Notes on vaccination in the North-West Frontier Province 1923-1928 - 1923-1928
Year: 1923
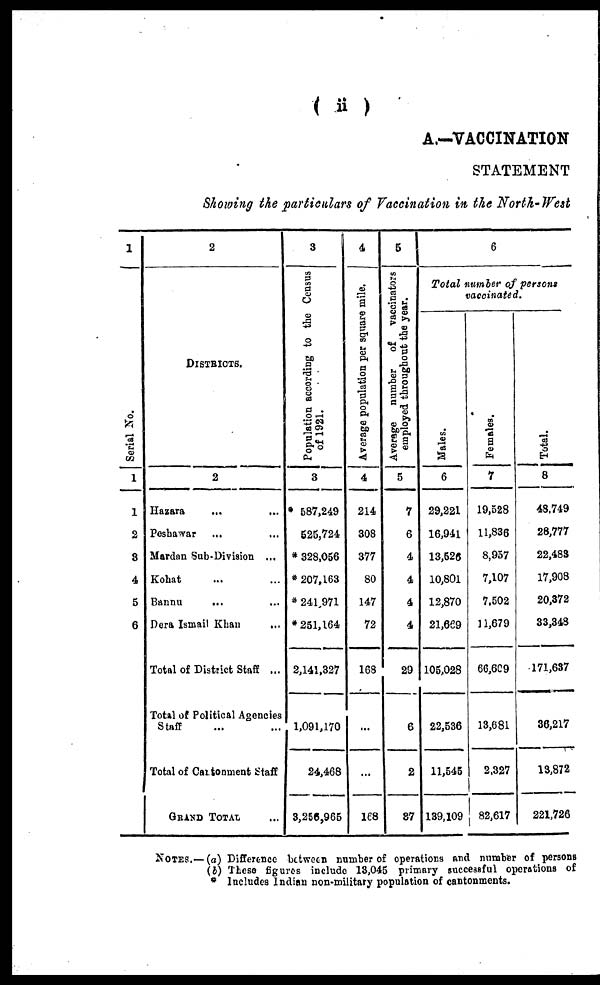
(ii)
A.—VACCINATION
STATEMENT
Showing the particulars of Vaccination in the North- West
1
Serial No.
1
1
2
3
4
5
6
2
DISTRICTS.
2
Hazara ... ...
Peshawar ... ...
Mardan Sub-Division...
Kohat ... ...
Bannu... ...
Dera Ismail Khan ...
Total of District Staff ...
Total of Political Agencies
Staff ... ...
Total of Cantonment Staff
GRAND TOTAL ...
3
Population according to the Census
of 1921.
3
587,249
525,724
* 328,056
* 207,163
* 241,971
*251,164
2,141,327
1,091,170
24,468
3,256,965
4
Average population per square mile.
4
214
308
377
80
147
72
168
...
...
168
5
Average
number
of
vaccinators
employed throughout the year.
5
7
6
4
4
4
4
29
6
2
37
6
Total number of persons
vaccinated.
Males.
6
29,221
16,941
13,526
10,801
12,870
21,669
105,028
22,536
11,545
139,109
Females.
7
19,528
11,836
8,957
7,107
7,502
11,679
66,609
13,681
2,327
82,617
Total.
8
48,749
28,777
22,483
17,908
20,372
33,348
171,637
36,217
13,872
221,726
NOTES.—(a) Difference between number of operations and number of persons
(b) These figures include 13,045 primary successful operations of
* Includes Indian non-military population of cantonments.